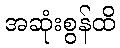
အဆုံးစွန်ထိ